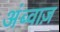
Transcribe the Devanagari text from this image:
अंब्वाज़